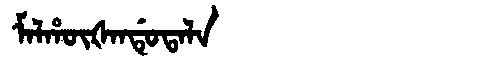
Manchu: ᠮᠠᠯᡥᡡᡧᠠᠨᡩᡠᡨᠠᠯᠠ
Romanization: MALHŪŠANDUTALA